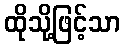
ထိုသို့ဖြင့်သာ